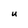
Character: U